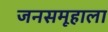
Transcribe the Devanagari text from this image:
जनसमूहाला